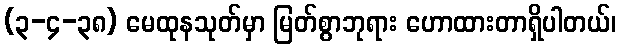
(၃-၄-၃၈) မေထုနသုတ်မှာ မြတ်စွာဘုရား ဟောထားတာရှိပါတယ်၊